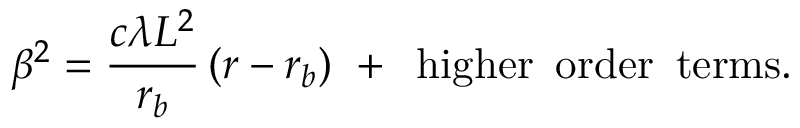
\beta ^ { 2 } = \frac { c \lambda L ^ { 2 } } { r _ { b } } \, ( r - r _ { b } ) \, \, + \, \, \, \mathrm { h i g h e r \, \, \, o r d e r \, \, \, t e r m s } .